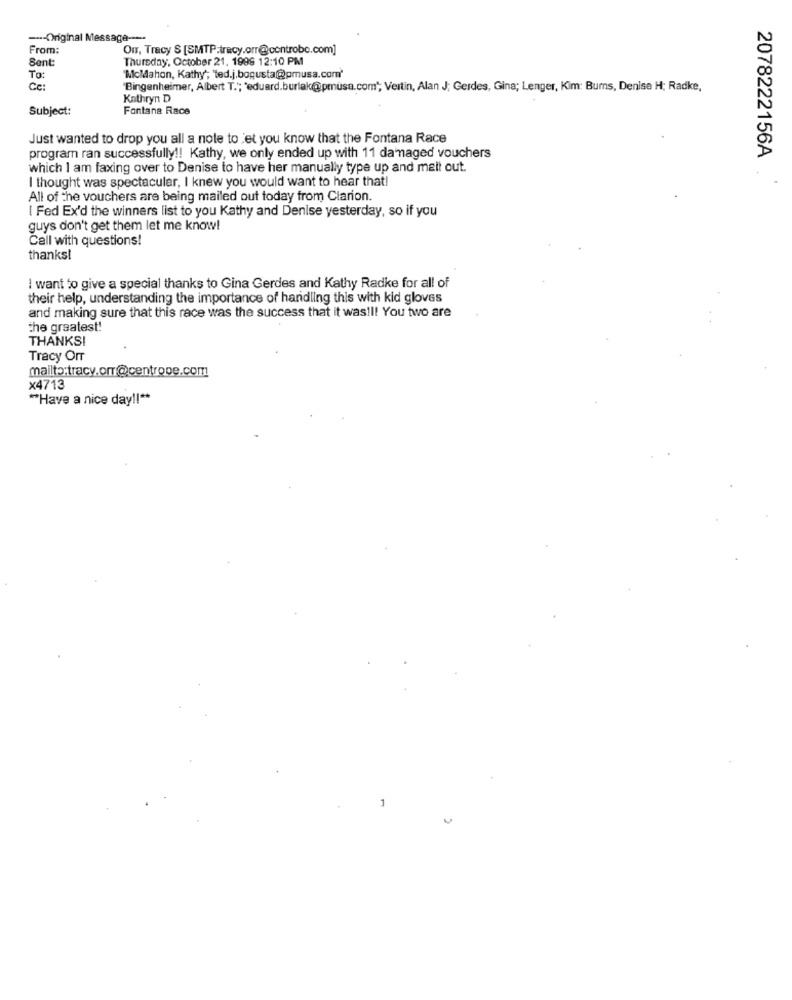
--- Original Message --
From:
Om, Tracy S [SMTP:tracy.orr@controbo.com]
Sent:
Thursday, October 21, 1998 12:10 PM
To:
"McMahon, Kathy; "ted.j.bogusta@pmusa.com'
Ce:
'Bingenheimer, Albert T .; "eduard.burlak@pmusa.com"; Vertin, Alan J; Gerdes, Gina; Lenger, Kim: Bums, Denise H; Radke,
Kathryn D
Subject:
Fontana Race
Just wanted to drop you all a note to et you know that the Fontana Race
program ran successfully !! Kathy, we only ended up with 11 damaged vouchers
2078222156A
which I am faxing over to Denise to have her manually type up and mait out.
I thought was spectacular, I knew you would want to hear that!
All of the vouchers are being mailed out today from Clarion.
[ Fed Ex'd the winners list to you Kathy and Denise yesterday, so if you
guys don't get them let me know!
Call with questions!
thanks!
I want to give a special thanks to Gina Gerdes and Kathy Radke for all of
their help, understanding the importance of handling this with kid gloves
and making sure that this race was the success that it was!l! You two are
the greatest!
THANKS!
Tracy Orr
mailto:tracy.orr@centrope.com
×4713
""Have a nice day !!**
1